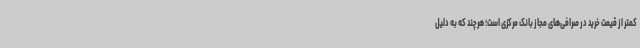
کمتر از قیمت خرید در صرافی‌های مجاز بانک مرکزی است؛ هرچند که به دلیل